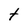
Character: t